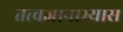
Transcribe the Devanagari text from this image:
तत्त्वज्ञानाभ्यास